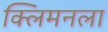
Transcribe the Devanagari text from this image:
क्लिमनला